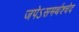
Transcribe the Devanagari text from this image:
जपेऽसमर्थश्चेद